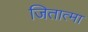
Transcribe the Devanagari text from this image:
जितात्मा